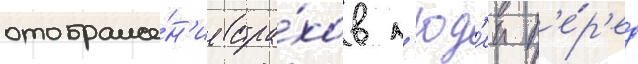
отображе́н'ие стра́хов л'юд'еи п'е́р'ед